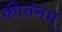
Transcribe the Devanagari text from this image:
कीर्तनम्